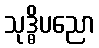
သုဒ္ဓိပညော